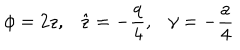
LaTeX: \phi = 2 z , \hat { z } = - \frac { q } { 4 } , \gamma = - \frac { a } { 4 }